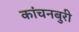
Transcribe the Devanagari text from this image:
कांचनबुरी